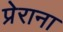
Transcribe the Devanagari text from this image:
प्रेराना